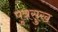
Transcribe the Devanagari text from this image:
पुत्रसुख